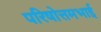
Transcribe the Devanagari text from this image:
परिषोत्तमभाई